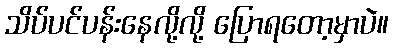
သိပ်ပင်ပန်းနေလို့လို့ ပြောရတော့မှာပဲ။